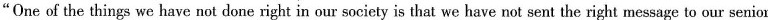
"One of the things we have not done right in our society is that we have not sent the right message to our senior